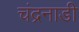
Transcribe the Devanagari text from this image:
चंद्रनाडी